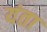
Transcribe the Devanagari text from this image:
यंता